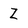
Character: Z